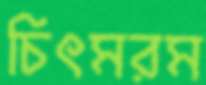
চিৎমরম